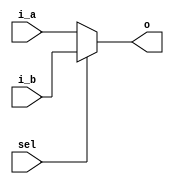
module multiplexer (i_a, i_b, sel, o);             
 
// parameters
parameter WIDTH = 32;

// input ports
input signed [WIDTH-1:0] i_a;
input signed [WIDTH-1:0] i_b;

// control ports
input sel;

// output ports
output signed [WIDTH-1:0] o;

assign o = sel ? i_b : i_a;
 
endmodule